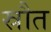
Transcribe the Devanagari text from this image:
स्रौत